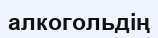
алкогольдің